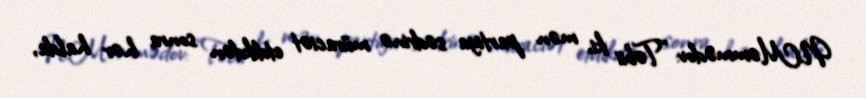
N.Məmmədov: “Təbii ki, mən partiya sədrinə müraciət etdikdən sonra hər halda,